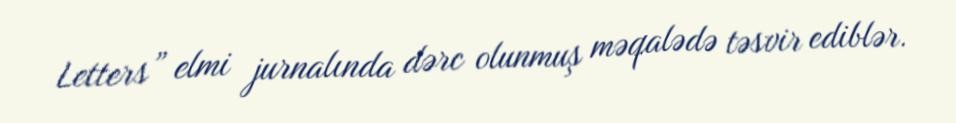
Letters” elmi jurnalında dərc olunmuş məqalədə təsvir ediblər.